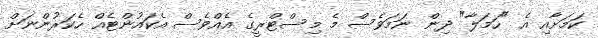
ކަމަށާއި އެ "ހަމަލާ" ދިން ނަމަވެސް މެ މިިސްޓްރީގެ އެއްވެސް އެކައުންޓެއް ހެކަރުންނަށް